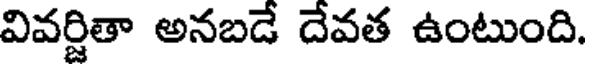
వివర్జితా అనబడే దేవత ఉంటుంది.